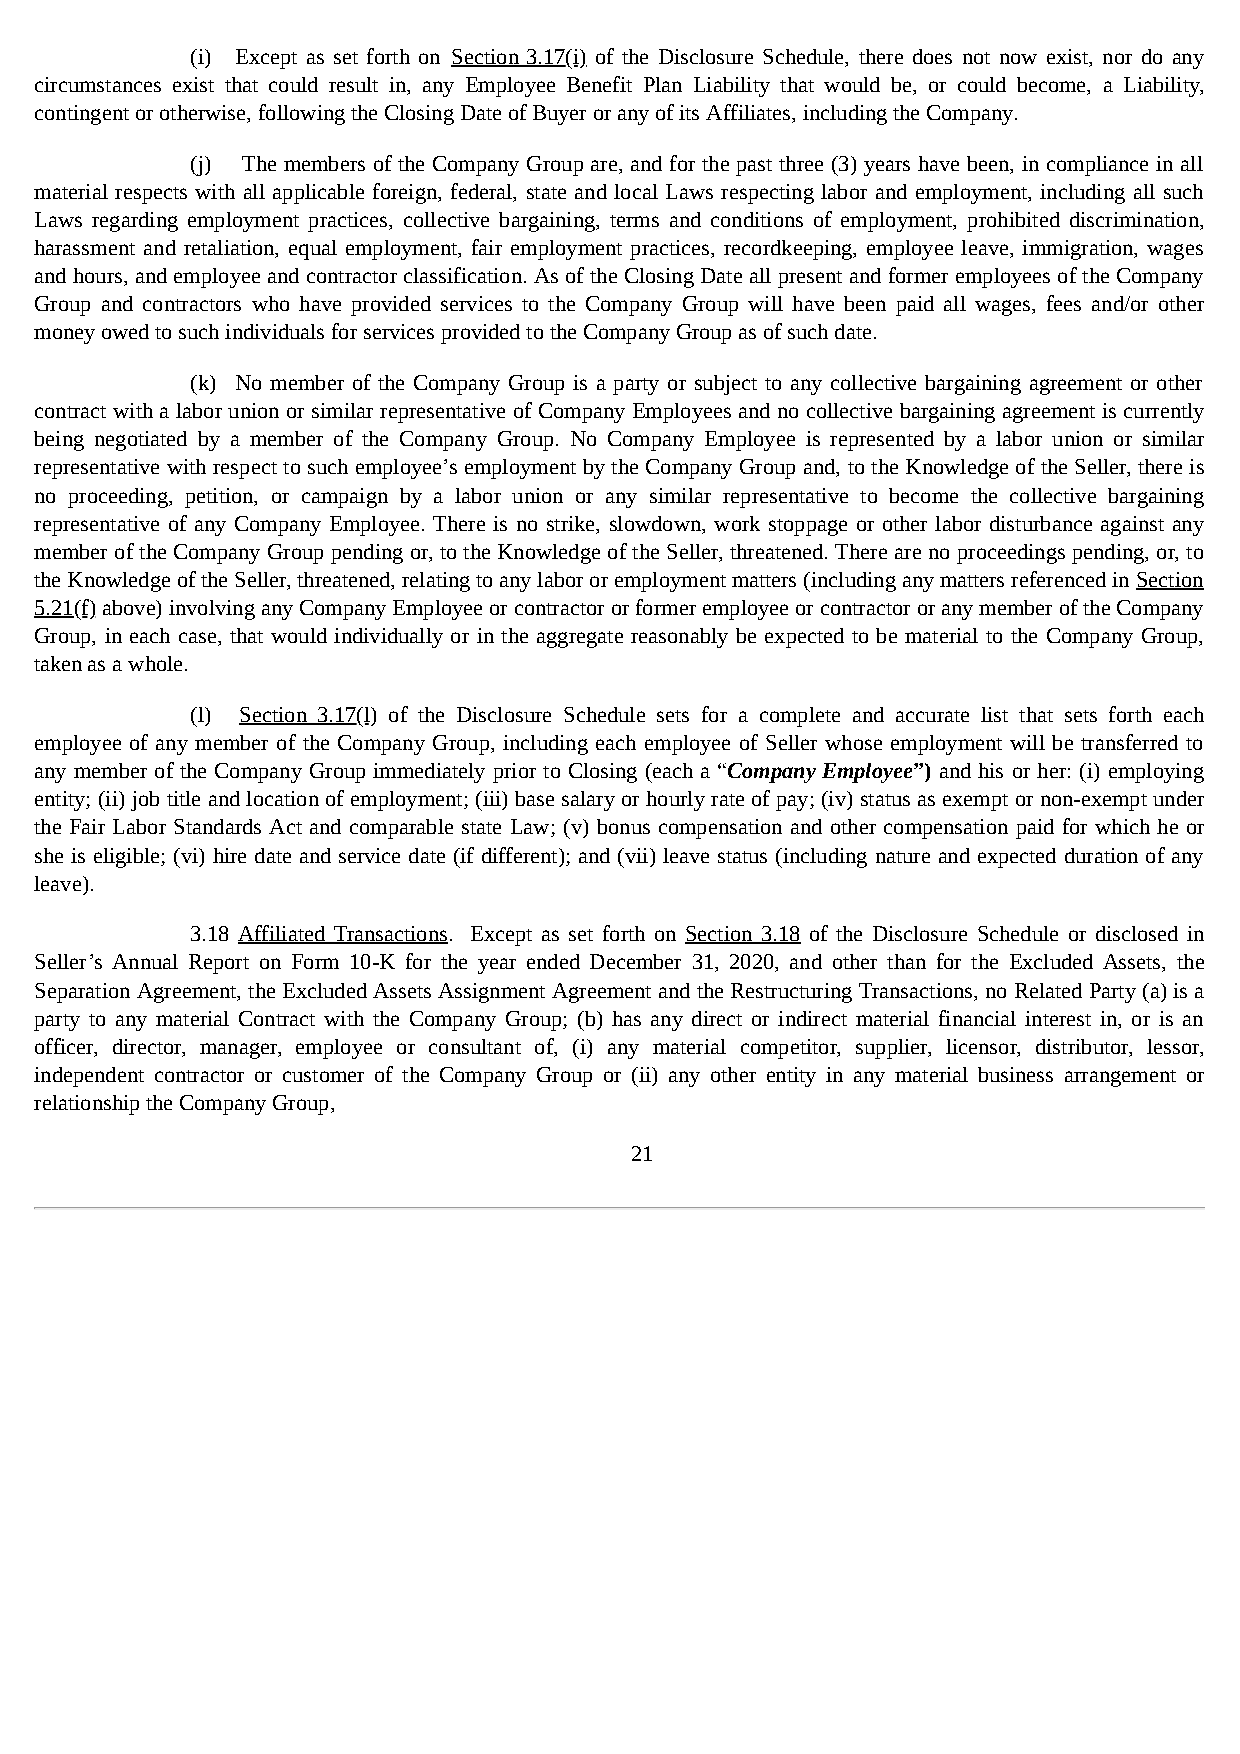
(i) Except as set forth on Section 3.17(i) of the Disclosure Schedule, there does not now exist, nor do any
 circumstances exist that could result in, any Employee Benefit Plan Liability that would be, or could become, a Liability,
 contingent or otherwise, following the Closing Date of Buyer or any of its Affiliates, including the Company.
 (j) The members of the Company Group are, and for the past three (3) years have been, in compliance in all
 material respects with all applicable foreign, federal, state and local Laws respecting labor and employment, including all such
 Laws regarding employment practices, collective bargaining, terms and conditions of employment, prohibited discrimination,
 harassment and retaliation, equal employment, fair employment practices, recordkeeping, employee leave, immigration, wages
 and hours, and employee and contractor classification. As of the Closing Date all present and former employees of the Company
 Group and contractors who have provided services to the Company Group will have been paid all wages, fees and/or other
 money owed to such individuals for services provided to the Company Group as of such date.
 (k) No member of the Company Group is a party or subject to any collective bargaining agreement or other
 contract with a labor union or similar representative of Company Employees and no collective bargaining agreement is currently
 being negotiated by a member of the Company Group. No Company Employee is represented by a labor union or similar
 representative with respect to such employee’s employment by the Company Group and, to the Knowledge of the Seller, there is
 no proceeding, petition, or campaign by a labor union or any similar representative to become the collective bargaining
 representative of any Company Employee. There is no strike, slowdown, work stoppage or other labor disturbance against any
 member of the Company Group pending or, to the Knowledge of the Seller, threatened. There are no proceedings pending, or, to
 the Knowledge of the Seller, threatened, relating to any labor or employment matters (including any matters referenced in Section
 5.21(f) above) involving any Company Employee or contractor or former employee or contractor or any member of the Company
 Group, in each case, that would individually or in the aggregate reasonably be expected to be material to the Company Group,
 taken as a whole.
 (l) Section 3.17(l) of the Disclosure Schedule sets for a complete and accurate list that sets forth each
 employee of any member of the Company Group, including each employee of Seller whose employment will be transferred to
 any member of the Company Group immediately prior to Closing (each a “Company Employee”) and his or her: (i) employing
 entity; (ii) job title and location of employment; (iii) base salary or hourly rate of pay; (iv) status as exempt or non-exempt under
 the Fair Labor Standards Act and comparable state Law; (v) bonus compensation and other compensation paid for which he or
 she is eligible; (vi) hire date and service date (if different); and (vii) leave status (including nature and expected duration of any
 leave).
 3.18 Affiliated Transactions. Except as set forth on Section 3.18 of the Disclosure Schedule or disclosed in
 Seller’s Annual Report on Form 10-K for the year ended December 31, 2020, and other than for the Excluded Assets, the
 Separation Agreement, the Excluded Assets Assignment Agreement and the Restructuring Transactions, no Related Party (a) is a
 party to any material Contract with the Company Group; (b) has any direct or indirect material financial interest in, or is an
 officer, director, manager, employee or consultant of, (i) any material competitor, supplier, licensor, distributor, lessor,
 independent contractor or customer of the Company Group or (ii) any other entity in any material business arrangement or
 relationship the Company Group,
 21